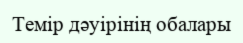
Темір дәуірінің обалары